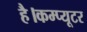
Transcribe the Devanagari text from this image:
है।कम्प्यूटर